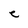
Character: e